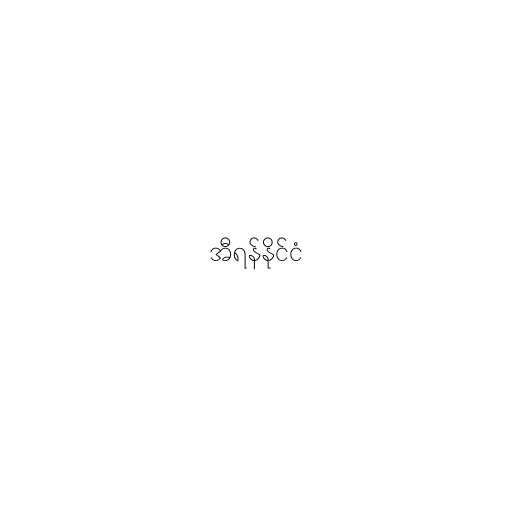
အီရန်နိုင်ငံ